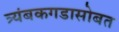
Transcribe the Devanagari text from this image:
त्र्यंबकगडासोबत